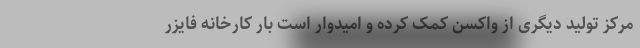
مرکز تولید دیگری از واکسن کمک کرده و امیدوار است بار کارخانه فایزر